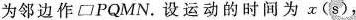
为邻边作▱ PQMN.设运动的时间为x（ s ），